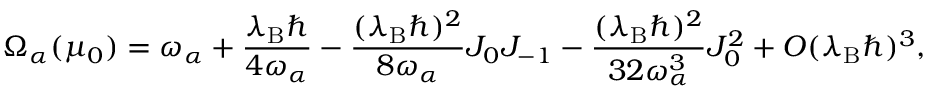
\Omega _ { \alpha } ( \mu _ { 0 } ) = { \omega } _ { \alpha } + \frac { \lambda _ { \mathrm { B } } \hbar } { 4 { \omega } _ { \alpha } } - \frac { ( \lambda _ { \mathrm { B } } \hbar ) ^ { 2 } } { 8 { \omega } _ { \alpha } } J _ { 0 } J _ { - 1 } - \frac { ( \lambda _ { \mathrm { B } } \hbar ) ^ { 2 } } { 3 2 { \omega } _ { \alpha } ^ { 3 } } J _ { 0 } ^ { 2 } + { \cal O } ( \lambda _ { \mathrm { B } } \hbar ) ^ { 3 } ,